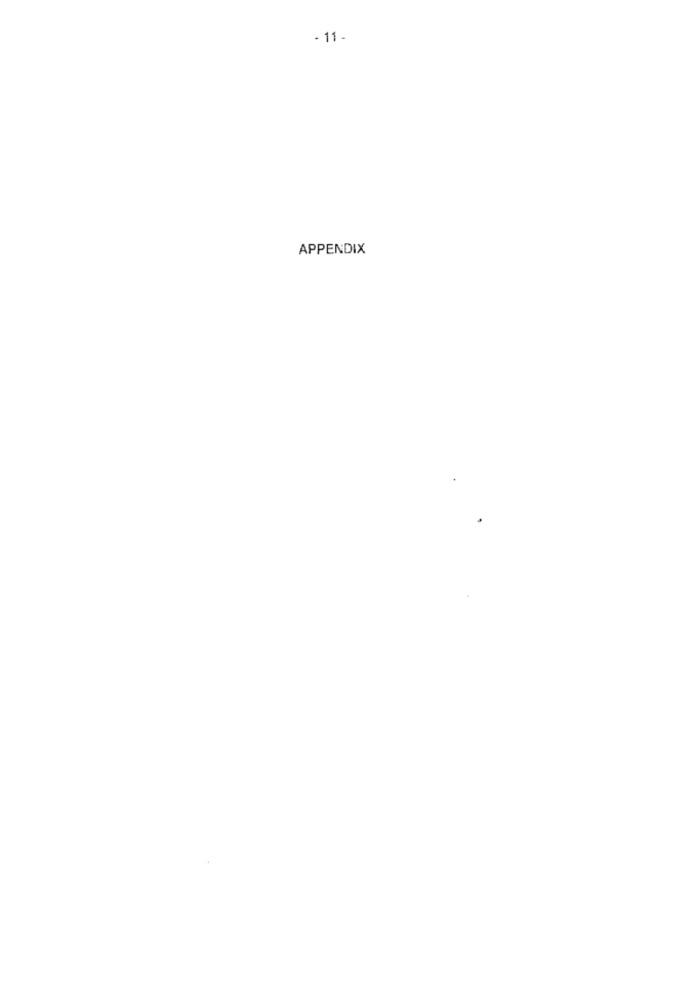
- 11-
APPENDIX